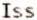
ISS